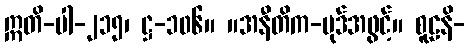
ဣတိ-ပါ-၂၁၅၊ ဋ္ဌ-၁၀၆။ ။အနီတိက-ပုဒ်အဖွင့်။ စူဠနိ-